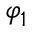
\varphi _ { 1 }